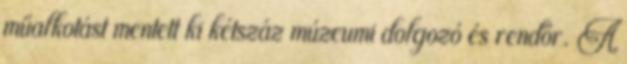
műalkotást mentett ki kétszáz múzeumi dolgozó és rendőr. A